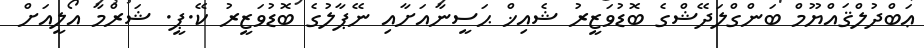
ޢަބްދުލްޤައްޔޫމް ބަންގްލަދޭޝްގެ ބޮޑުވަޒީރު ޝެއިޚް ޙަސީނާއަށާއި ނޭޕާލުގެ ބޮޑުވަޒީރު ކޭ.ޕީ. ޝަރްމާ އޯލީއަށް